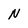
Character: N